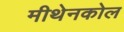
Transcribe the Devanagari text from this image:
मीथेनकोल